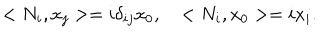
< N _ { i } , x _ { j } > = i \delta _ { i j } x _ { 0 } , \quad < N _ { i } , x _ { 0 } > = i x _ { i } .